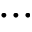
. . .